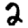
Digit: 2